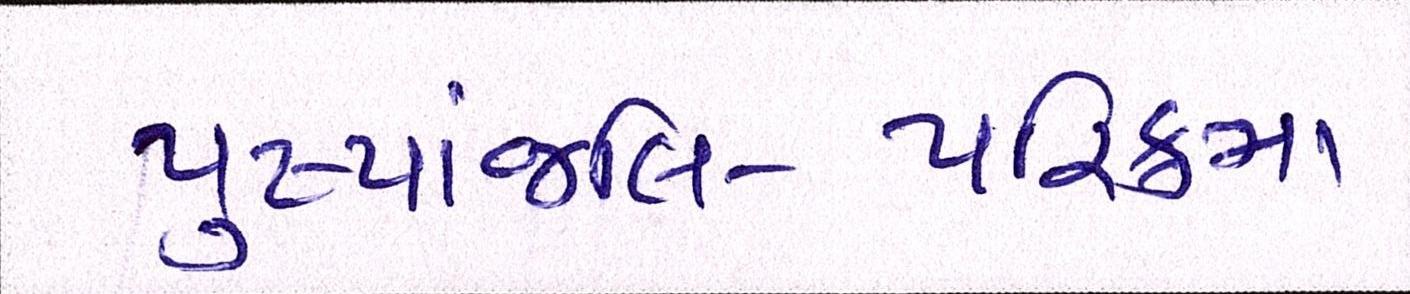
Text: પુષ્પાંજલિ-પરિક્રમા